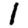
Digit: 1